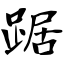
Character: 踞